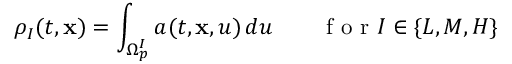
\rho _ { I } ( t , \mathbf { x } ) = \int _ { \Omega _ { p } ^ { I } } a ( t , \mathbf { x } , u ) \, d u \qquad \mathrm { ~ f ~ o ~ r ~ } I \in \{ L , M , H \}